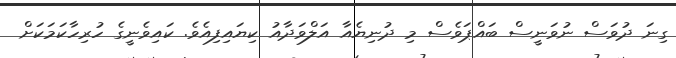
ގިނަ ދުވަސް ނުވަނީސް ބައްޕަވެސް މި ދުނިޔެއާ އަލްވަދާއު ކިޔައިފިއެވެ. ކައިވެނީގެ ހުރިހާކަމަކަށް